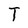
Character: T